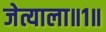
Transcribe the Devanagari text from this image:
जेत्याला॥१॥